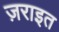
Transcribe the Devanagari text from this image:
ज़राइत